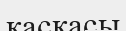
қасқасы